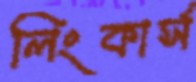
লিংকার্স